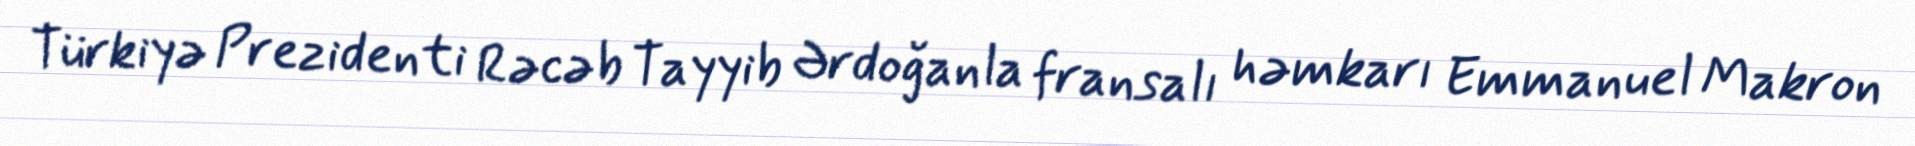
Türkiyə Prezidenti Rəcəb Tayyib Ərdoğanla fransalı həmkarı Emmanuel Makron